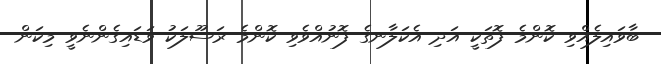
ބާވައިލެއްވި ކޮންމެ ފޮތަކީ އަދި އެކަލާނގެ ފޮނުއްވެވި ކޮންމެ ރަސޫލަކު ވަޑައިގެންނެވީ މިކަން